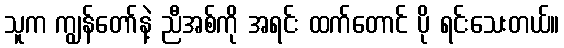
သူက ကျွန်တော်နဲ့ ညီအစ်ကို အရင်း ထက်တောင် ပို ရင်းသေးတယ်။